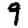
Digit: 9